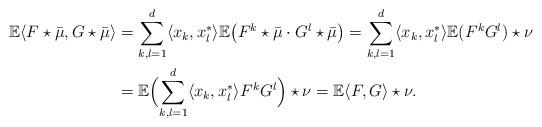
LaTeX: \begin{align*} \mathbb E \langle F\star \bar{\mu} , G \star \bar{\mu}\rangle &= \sum_{k,l=1}^d \langle x_k, x_l^*\rangle\mathbb E\bigl (F^k\star \bar{\mu} \cdot G^l\star \bar{\mu}\bigr)=\sum_{k,l=1}^d \langle x_k, x_l^*\rangle \mathbb E(F^k G^l)\star \nu\\ &=\mathbb E\Bigl(\sum_{k,l=1}^d \langle x_k, x_l^*\rangle F^k G^l\Bigr)\star \nu = \mathbb E\langle F, G\rangle\star \nu.\end{align*}